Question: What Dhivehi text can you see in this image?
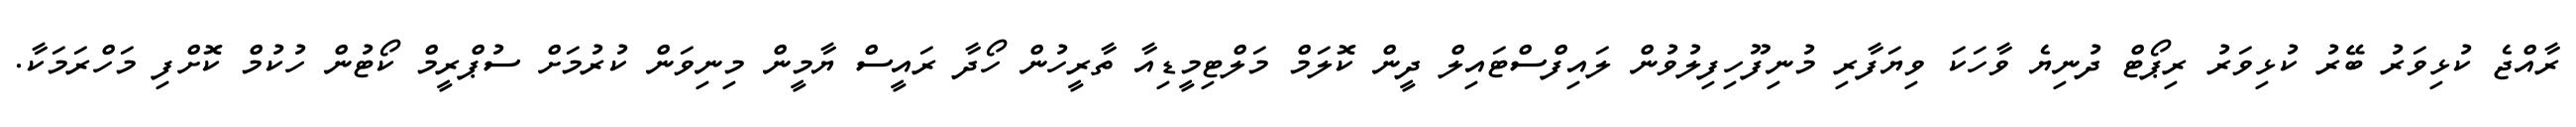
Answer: ރާއްޖެ ކުޅިވަރު ބޭރު ކުޅިވަރު ރިޕޯޓް ދުނިޔެ ވާހަކަ ވިޔަފާރި މުނިފޫހިފިލުވުން ލައިފްސްޓައިލް ދީން ކޮލަމް މަލްޓިމީޑިއާ ތާރީހުން ހޯދާ ރައީސް ޔާމީން މިނިވަން ކުރުމަށް ސުޕްރީމް ކޯޓުން ހުކުމް ކޮށްފި މަހްރަމަކާ.